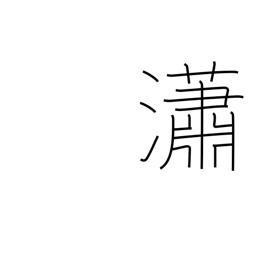
Meaning: pure